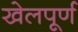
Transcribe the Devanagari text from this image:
खेलपूर्ण